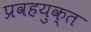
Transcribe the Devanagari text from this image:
प्रवहयुक्त